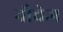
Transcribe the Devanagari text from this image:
नौचेज